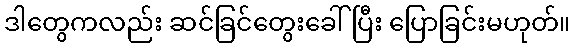
ဒါတွေကလည်း ဆင်ခြင်တွေးခေါ်ပြီး ပြောခြင်းမဟုတ်။